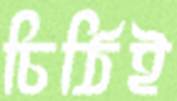
চিঠিই